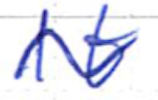
Text: It
Cross-out: wave
Writing tool: ballpoint